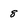
Character: 8